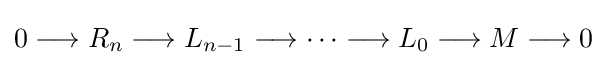
0\longrightarrow R_{n}\longrightarrow L_{n-1}\longrightarrow \cdots \longrightarrow L_{0}\longrightarrow M\longrightarrow 0